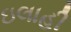
ઇલાહી